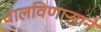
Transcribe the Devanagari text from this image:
चालविणाऱ्याने